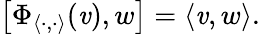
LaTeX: \left[\Phi_{\langle\cdot,\cdot\rangle}(\mathit{v}),w\right]=\langle\mathit{v},w\rangle.